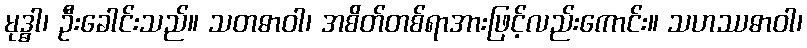
မုဒ္ဓါ၊ ဦးခေါင်းသည်။ သတဓာဝါ၊ အစိတ်တစ်ရာအားဖြင့်လည်းကောင်း။ သဟဿဓာဝါ၊